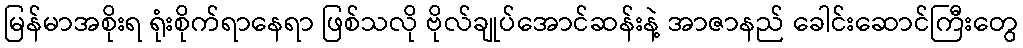
မြန်မာအစိုးရ ရုံးစိုက်ရာနေရာ ဖြစ်သလို ဗိုလ်ချုပ်အောင်ဆန်းနဲ့ အာဇာနည် ခေါင်းဆောင်ကြီးတွေ